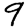
Digit: 9